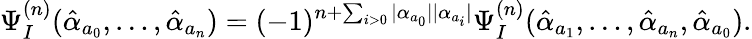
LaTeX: \Psi_{I}^{(n)}(\hat{\alpha}_{a_{0}},\ldots,\hat{\alpha}_{a_{n}})=(-1)^{n+\sum_{i>0}|\alpha_{a_{0}}||\alpha_{a_{i}}|}\Psi_{I}^{(n)}(\hat{\alpha}_{a_{1}},\ldots,\hat{\alpha}_{a_{n}},\hat{\alpha}_{a_{0}}).